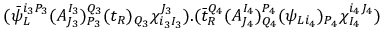
( \bar { \psi } _ { L } ^ { i _ { 3 } P _ { 3 } } ( A _ { J _ { 3 } } ^ { I _ { 3 } } ) _ { P _ { 3 } } ^ { Q _ { 3 } } ( t _ { R } ) _ { Q _ { 3 } } \chi _ { i _ { 3 } I _ { 3 } } ^ { J _ { 3 } } ) . ( \bar { t } _ { R } ^ { Q _ { 4 } } ( A _ { J _ { 4 } } ^ { I _ { 4 } } ) _ { Q _ { 4 } } ^ { P _ { 4 } } ( \psi _ { L i _ { 4 } } ) _ { P _ { 4 } } \chi _ { I _ { 4 } } ^ { i _ { 4 } J _ { 4 } } )